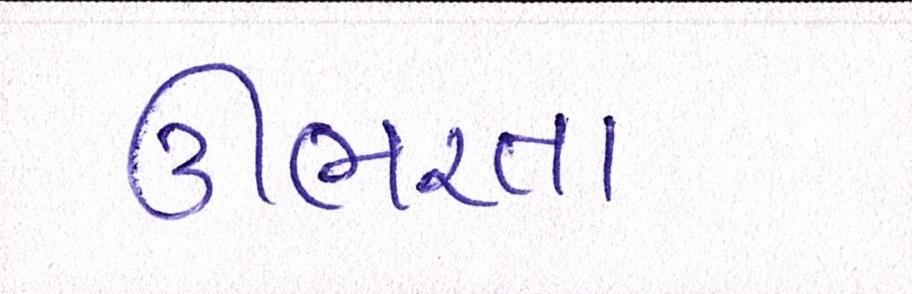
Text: ઊભરતા